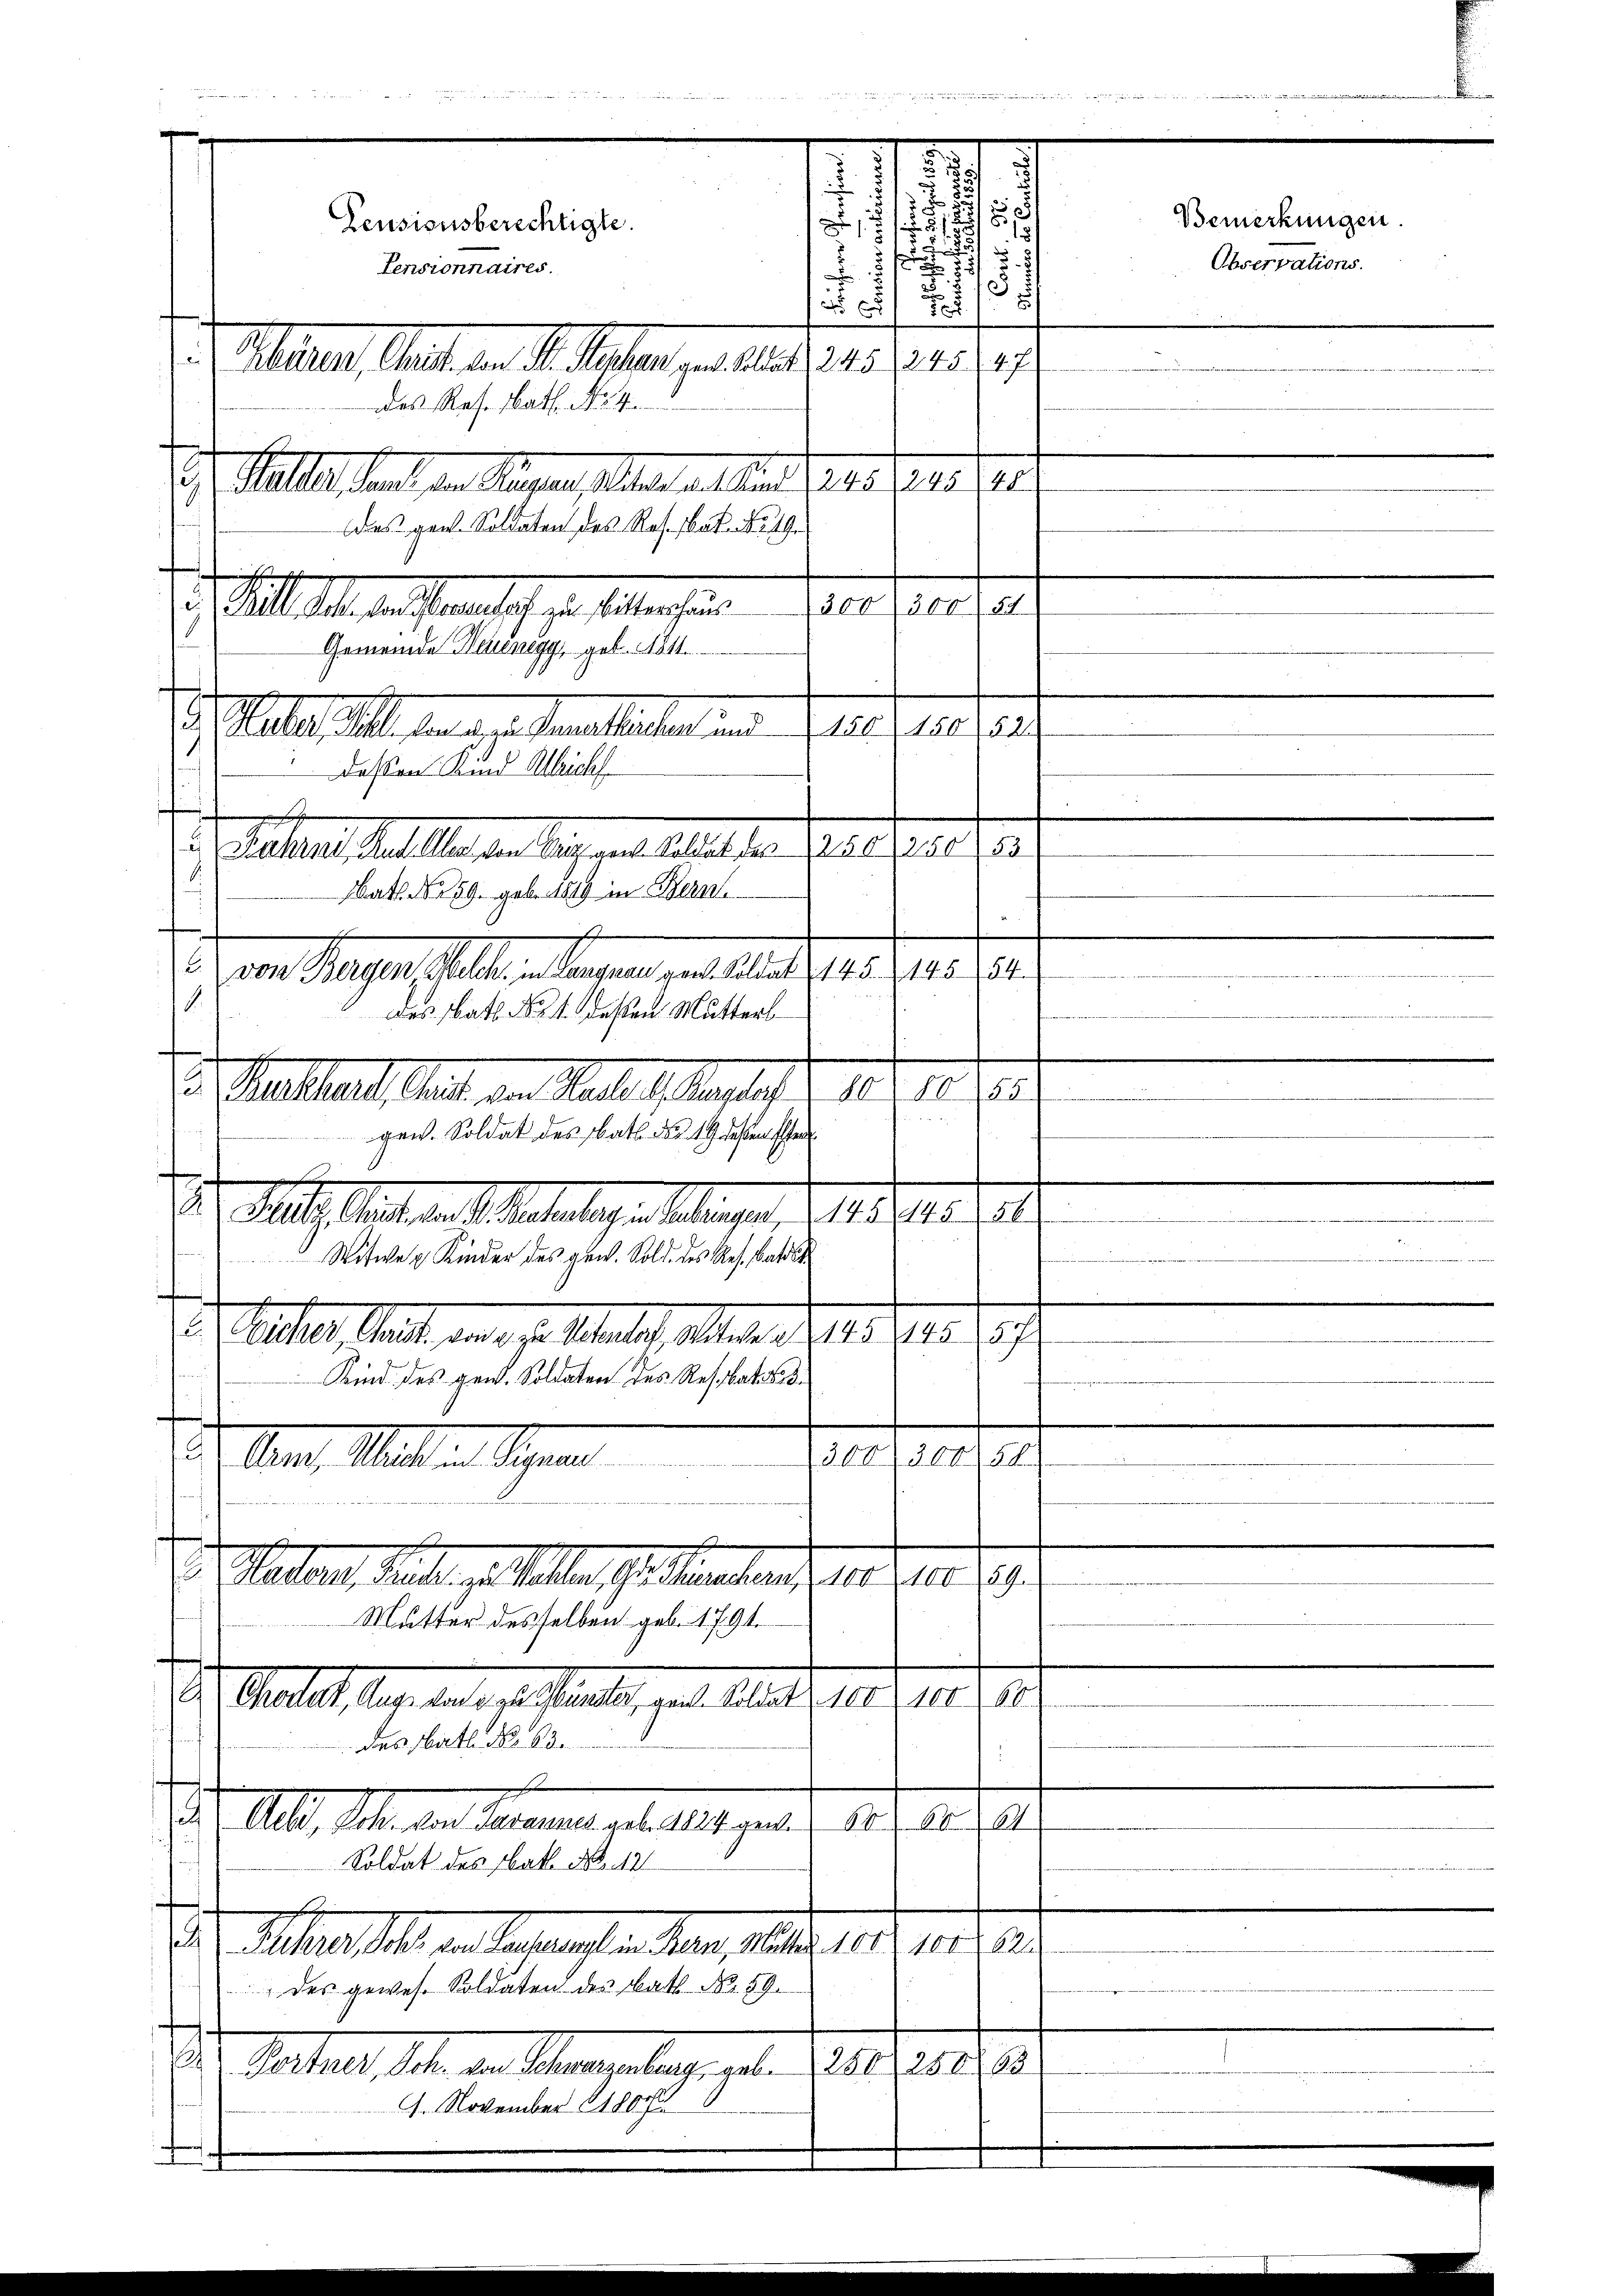
u

i
. Aller Mutterm 12. Mittel an den 21. 2137
des Res. Nath No. 4.
 Mittes hat in Sachen, selben allen Vater Sei der
Das gant. Soldaten des Res. bat No. 19

300, 300 54
) Bett aber das fraglich zur Antragen
Gemeinde Herunegg, geb. 1811.
ch Peter alle den der Staatlichen und
deßen Kind Ulricht
Dr. Jahren hatte der Lage enthaltet der Baader
Watt No 59 geb. 1819 in Bern.
 Dem Hausen alle angen, als 1. 141. 10. 191
.
des Batt No 1. deßen Mutterl
S. Galler Art von Male Anstalt d. 10. 10.

gen. Soldat des Rath No. 19 dessen en
f
d. J. St. Gast am 1. Materlag eingen S. 12. 71. 1
Witwe u Kinder des gew. Sold. des Res. Bat
e
. Peter Seit an der Meile, aller und der sich
Kind des gew. Soldaten des Restat
o. Ant. Mitten Spann
300300. 54.
Dr Matern, Statt gestellen u. heutend 18. 10. 19.
Mutter desselben geb. 1791.
.
1
Gestalt das das er testalt, und behalt 10 d. 11
des Nath No. 63.
Dr. Alle, Ihn den Saamen geb. 1 stamente sich der
Soldat des Nat. No. 12
 Mehrer Sihl in Genannten kan, und 10. 10. 32
des gewes. Soldaten des batt No. 59.
129
Vater, 141. den Anregelung, geb. 1810. pr. 1890.
4. November 1807
¬

1
.
e
7
u
12. 15
u
.
Feusionsberechtigte.
5/

i
d

Pensionnaires.
.

150150152

Bemerkungen.
Observations.
.
e